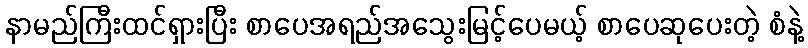
နာမည်ကြီးထင်ရှားပြီး စာပေအရည်အသွေးမြင့်ပေမယ့် စာပေဆုပေးတဲ့ စံနဲ့